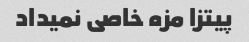
پیتزا مزه خاصی نمیداد